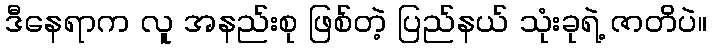
ဒီနေရာက လူ အနည်းစု ဖြစ်တဲ့ ပြည်နယ် သုံးခုရဲ့ ဇာတိပဲ။